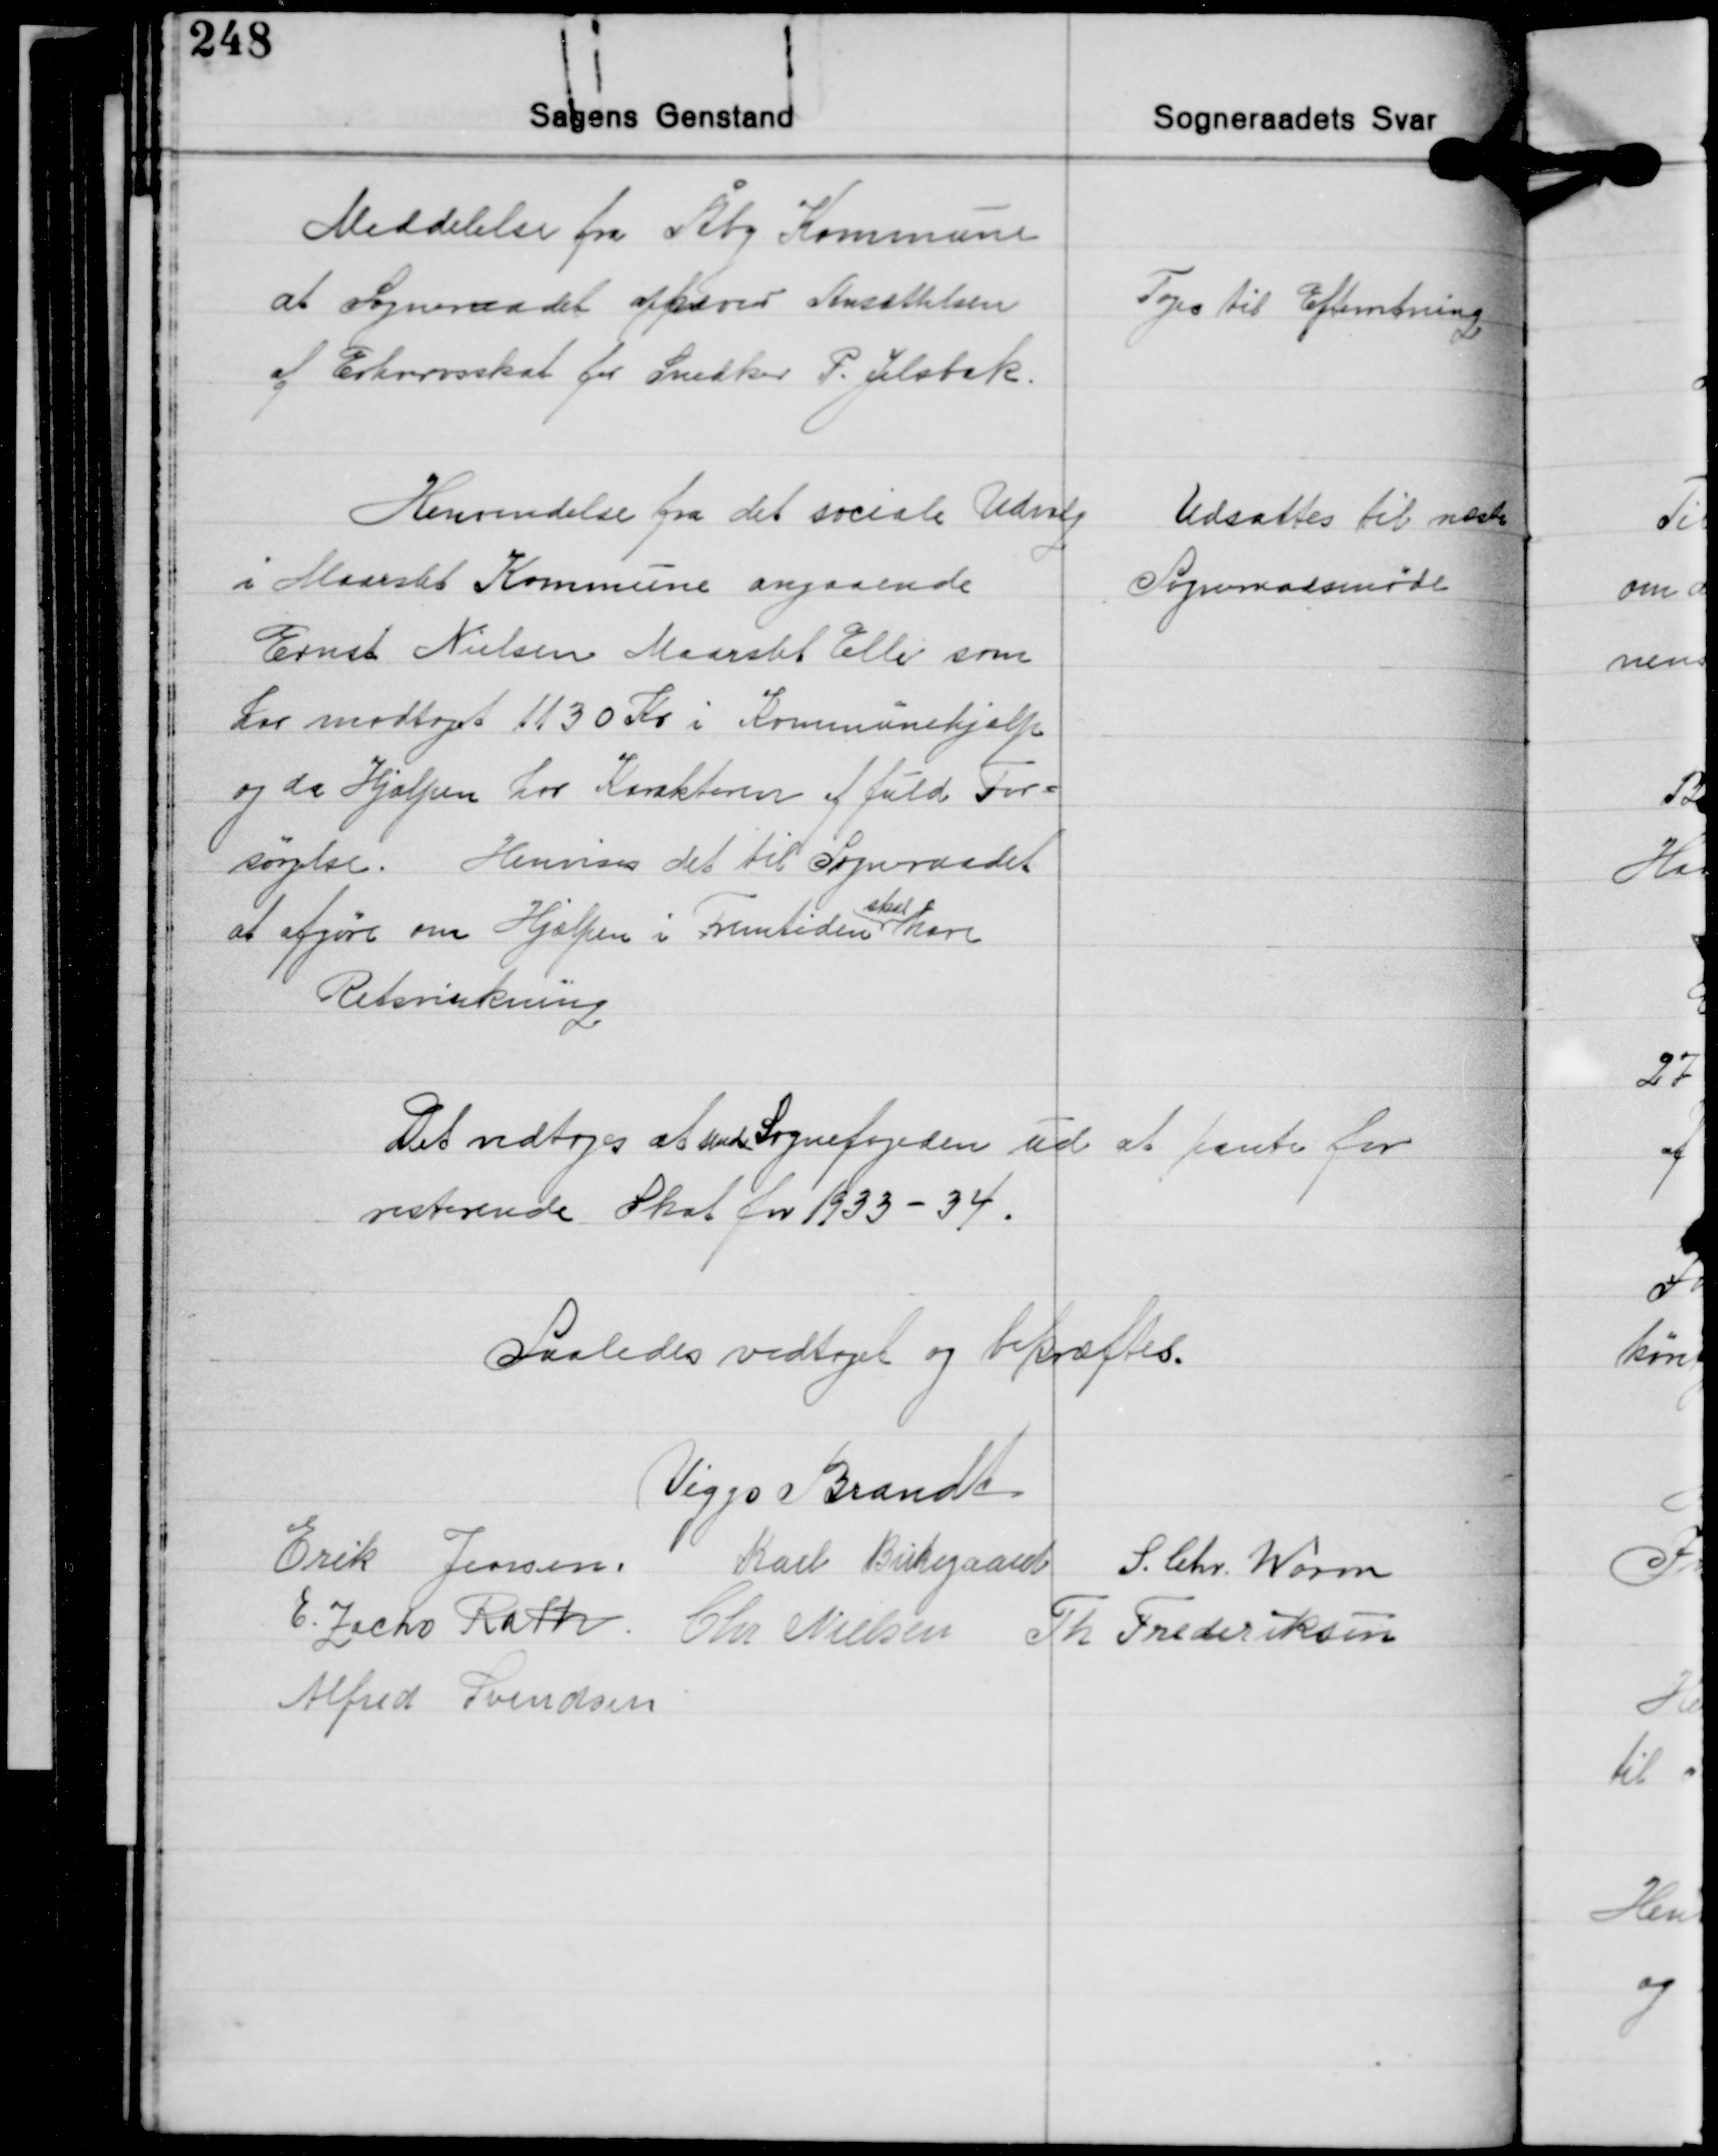
Transskription:
Meddelelse fra Åby Kommune
at Sogneraadet ophæver Ansættelsen
af Erhvervskat for Snedker P. Jelsbak.

Toges til Efterretning

Henvendelse fra det sociale Udvalg
i Maarslet Kommune angaaende
Ernst Nielsen Maarslet Elle som
har modtaget 1130 Kr. i Kommunehjælp
og da Hjælpen har Karakteren af fuld For-
sørgelse. Henvises det til Sogneraadet
skal
at afgøre om Hjælpen i Fremtiden have
Retsvirkning

Udsattes til næste
Sogneraadsmøde

Det vedtoges at sende Sognefogeden ud at pante for
resterende Skat for 1933-34.

Saaledes vedtaget og bekræftes.

Viggo Brandt
Erik Jensen Karl Birkegaard S. Chr. Worm
E. Zacho Rath Chr. Nielsen Th. Frederiksen
Alfred Svendsen